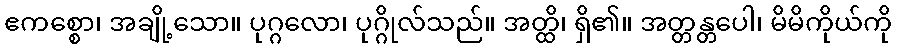
ဧကစ္စော၊ အချို့သော။ ပုဂ္ဂလော၊ ပုဂ္ဂိုလ်သည်။ အတ္ထိ၊ ရှိ၏။ အတ္တန္တပေါ၊ မိမိကိုယ်ကို